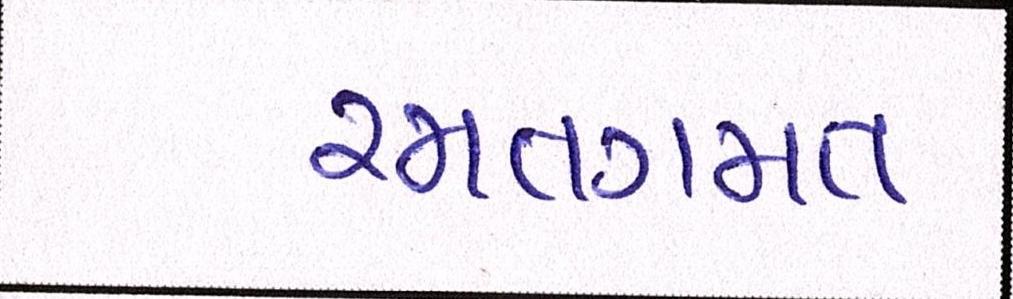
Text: રમતગમત